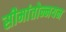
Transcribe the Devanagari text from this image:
सीमांतोन्नयन